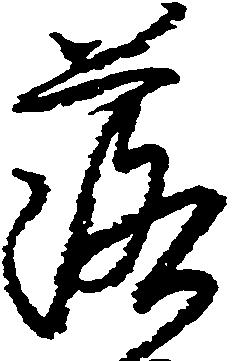
落